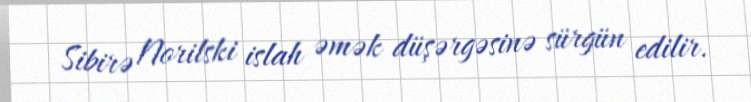
Sibirə Norilski islah əmək düşərgəsinə sürgün edilir.